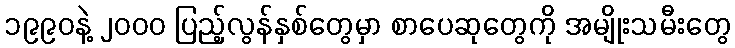
၁၉၉၀နဲ့ ၂၀၀၀ ပြည့်လွန်နှစ်တွေမှာ စာပေဆုတွေကို အမျိုးသမီးတွေ